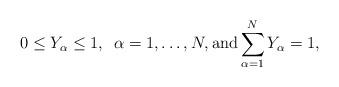
LaTeX: \begin{align*}0 \le Y_\alpha \le 1, \enskip \alpha=1,\dots,N, \textrm{and} \sum_{\alpha=1}^NY_\alpha=1, \end{align*}